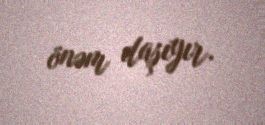
önəm daşıyır.